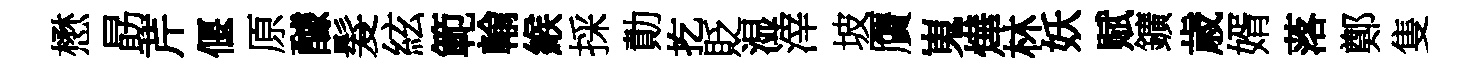
懋勗芹偃原醵髮絃範輸緱採勣扢貶湿滓坡贋嵬燁林妖赋鑛歳婿落鄭隻